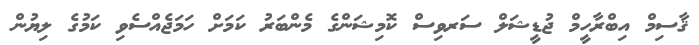
ޤާސިމް އިބްރާހީމް ޖުޑީޝަލް ސަރވިސް ކޮމިޝަންގެ މެންބަރު ކަމަށް ހަމަޖެއްސެވި ކަމުގެ ލިޔުން